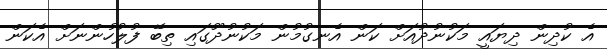
އެ ކުދިން ދިޔައީ މަކުނުދުއަށް ކަން އެނގުމުން މަކުނުދޫގައި ތިބޭ ފުލުހުންނަށް އެކަން